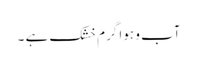
آب و ہوا گرم خشک ہے ۔